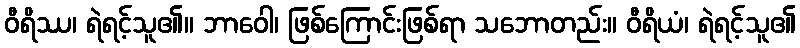
ဝီရိဿ၊ ရဲရင့်သူ၏။ ဘာဝေါ၊ ဖြစ်ကြောင်းဖြစ်ရာ သဘောတည်း။ ဝီရိယံ၊ ရဲရင့်သူ၏